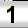
Digit: 1